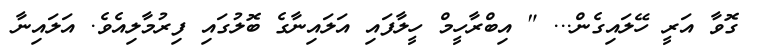
ގޮވާ އަރީ ހޭލައިގެން... " އިބްރާހީމް ހީލާފައި އަލައިނާގެ ބޮލުގައި ފިރުމާލިއެވެ. އަލައިނާ